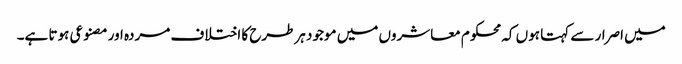
میں اصرار سے کہتا ہوں کہ محکوم معاشروں میں موجود ہرطرح کا اختلاف مردہ اور مصنوعی ہوتا ہے۔